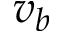
v _ { b }